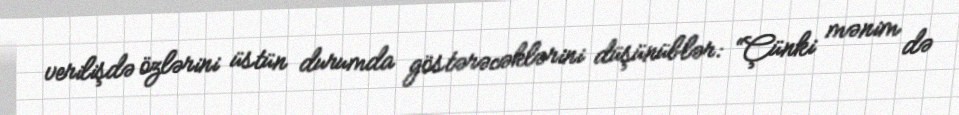
verilişdə özlərini üstün durumda göstərəcəklərini düşünüblər: “Çünki mənim də